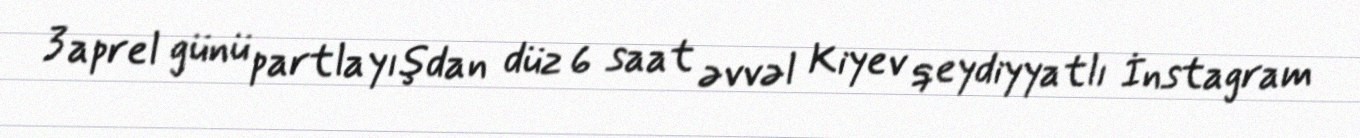
3 aprel günü partlayışdan düz 6 saat əvvəl Kiyev qeydiyyatlı İnstagram